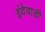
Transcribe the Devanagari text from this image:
इंदेवाडी